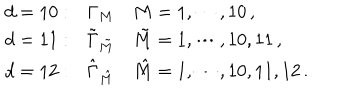
\begin{array} { l l l } { { d = 1 0 : } } & { { \Gamma _ { M } } } & { { M = 1 , \cdots , 1 0 \, , } } \\ { { d = 1 1 : } } & { { { \tilde { \Gamma } } _ { \tilde { M } } } } & { { { \tilde { M } } = 1 , \cdots , 1 0 , 1 1 \, , } } \\ { { d = 1 2 : } } & { { { \hat { \Gamma } } _ { \hat { M } } } } & { { { \hat { M } } = 1 , \cdots , 1 0 , 1 1 , 1 2 \, . } } \\ \end{array}